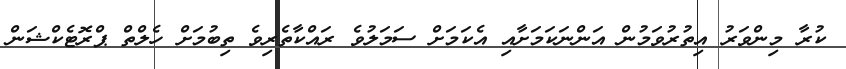
ކުރާ މިންވަރު އިތުރުވަމުން އަންނަކަމަށާއި އެކަމަށް ސަމަލުވެ ރައްކާތެރިވެ ތިބުމަށް ހެލްތް ޕްރޮޓެކްޝަން